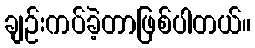
ချဉ်းကပ်ခဲ့တာဖြစ်ပါတယ်။